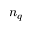
n _ { q }